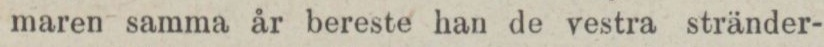
maren samma år bereste han de vestra stränder-